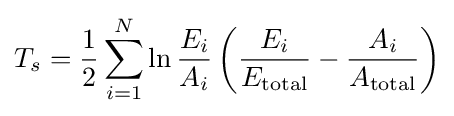
T_{s}={\frac {1}{2}}\sum _{i=1}^{N}\ln {\frac {{E}_{i}}{{A}_{i}}}\left({\frac {{E}_{i}}{{E}_{\text{total}}}}-{\frac {{A}_{i}}{{A}_{\text{total}}}}\right)